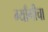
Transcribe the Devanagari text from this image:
ग्याँगीचा